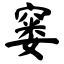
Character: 窭